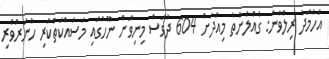
އަހުމަދު ރިލްވާން: ގެއްލުނުތާ މިއަދަށް 604 ދުވަސް މިނިވަން ނޫހުގައި މަސައްކަތްކުރި ހުނަރުވެރި